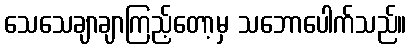
သေသေချာချာကြည့်တော့မှ သဘောပေါက်သည်။